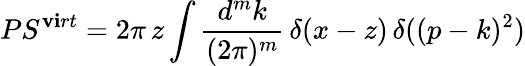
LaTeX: PS^{\mathbf{v}\mathbf{i}rt}=2\pi\, z\int\frac{{d^{m}k}}{{(2\pi)^{m}}}\, \delta(x-z)\, \delta((p-k)^{2})